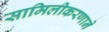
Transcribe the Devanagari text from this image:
सामिलीकरणाने